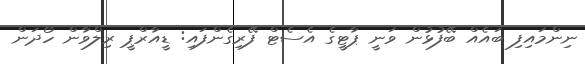
ނިންމައިފި ބައެއް ބޭފުޅުން ވަނީ ޕާޓީގެ އެސެޓް ފޭރިގެންފައި: ޑީއާރްޕީ ރިލްވާން ހޯދަން